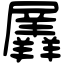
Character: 羼